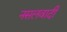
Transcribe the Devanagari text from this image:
नसलवादी